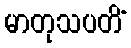
မာတုသပတိံ